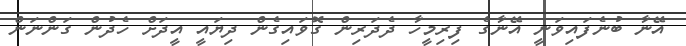
އޭނާ ބުނެފައިވަނީ އޭނާގެ ފިރިމީހާ ދެދަރިން ގޮވައިގެން ދިޔައީ އީދަށް ހެދުން ގަންނަން